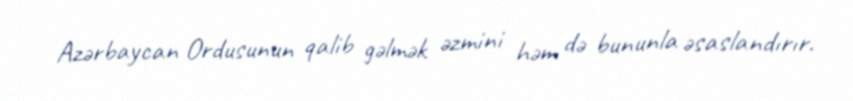
Azərbaycan Ordusunun qalib gəlmək əzmini həm də bununla əsaslandırır.